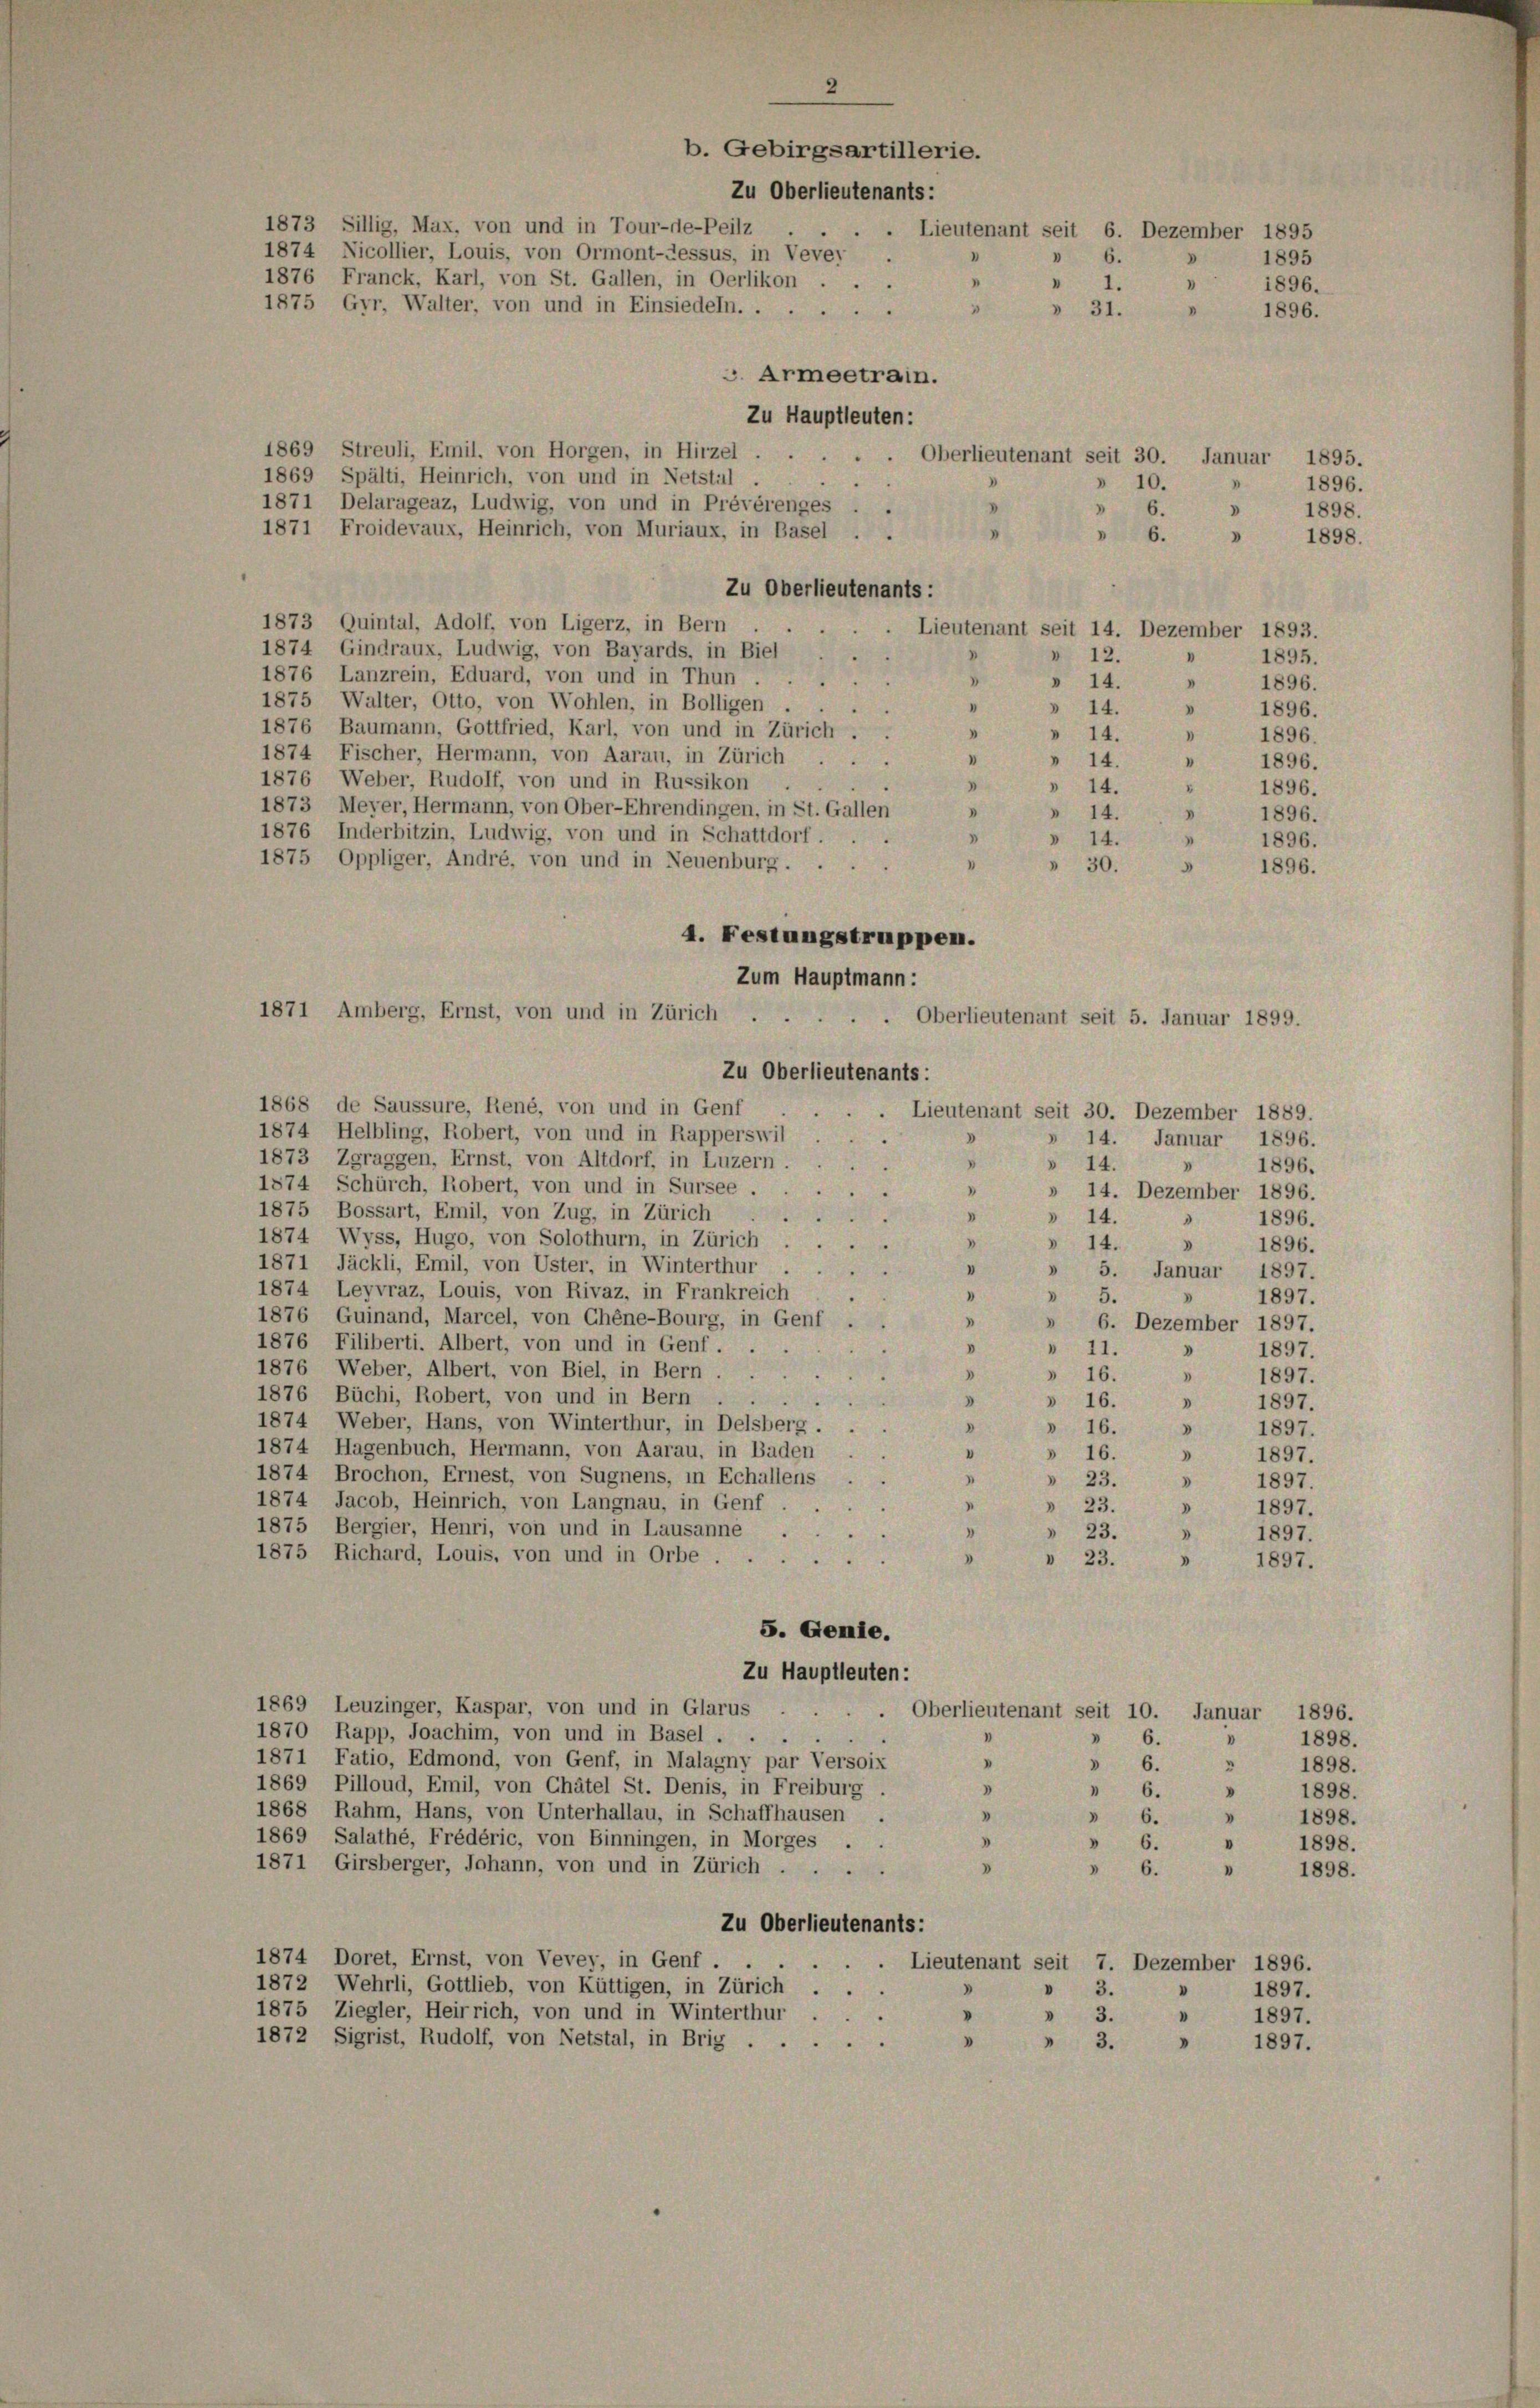
v. Armeetrain.
Zu Hauptleuten:
1869 Streuli, Emil, von Horgen, in Hirzel . .
. Oberlieutenant seit 30. Januar 1895.
1869 Spälti, Heinrich, von und in Netstil
v
» 10.
1871 Delarageaz, Ludwig, von und in Prévérenges . .
" 6.
D
1871 Froidevaux, Heinrich, von Muriaux, in Basel . .
» 6.
D
Zu Oberlieutenants:
1873 Quintal, Adolf, von Ligerz, in Bern
Lieutenant seit 14. Dezember 1893.
1874 Gindraux, Ludwig, von Bayards, in Biel
» 12.
1876, Lanzrein, Eduard, von und in Thun .
» 14.
"
1875 Walter, Otto, von Wohlen, in Bolligen . .
1
14.
.
1876 Baumann, Gottfried, Karl, von und in Zürich.
» 14.
"
1874 Fischer, Hermann, von Aarau, in Zürich ...
"
14.
1876 Weber, Rudolf, von und in Russikon . .
d
"
» 14.
1896.
1873 Meyer, Hermann, von Ober-Ehrendingen, in St. Gallen
» 14.
1
1896.
1876 Inderbitzin, Ludwig, von und in Schattdorf ...
» 14.
1896.
1875 Oppliger, Andre, von und in Neuenburg . .
 30.
1896.
4. Festungstruppen.
Zum Hauptmann:
1871 Amberg, Ernst, von und in Zürich ..
Oberlieutenant seit 5. Januar 1899.
Zu Oberlieutenants:
1868 de Saussure, René, von und in Genf
Lieutenant seit 30. Dezember 1889.
1874 Helbling, Robert, von und in Rapperswil
D
» 14. Januar 1896.
1873 Zgraggen, Ernst, von Altdorf, in Luzern.
I
» 14.
1896.
1874 Schürch, Robert, von und in Sursee .
» 14. Dezember 1896.
1875 Bossart, Emil, von Zug, in Zürich
» 14.
e
1896.
3
1874 Wyss, Hugo, von Solothurn, in Zürich
14.
3
1896.
1871 Jäckli, Emil, von Uster, in Winterthur
"
» 5. Januar 1897.
1874 Leyvraz, Louis, von Rivaz, in Frankreich
D
5.
.
1897.
1876 Guinand, Marcel, von Chéne-Bourg, in Genf .
"
» 6. Dezember 1897.
1876 Filiberti. Albert, von und in Genf . . .
V
 11.
D
1897.
1876 Weber, Albert, von Biel, in Bern . .
.
3
» 16.
1897.
1876 Büchi, Robert, von und in Bern ...
D
» 16.
» 1897.
1874 Weber, Hans, von Winterthur, in Delsberg.
D
» 16.
d
1897.
1874 Hagenbuch, Hermann, von Aarau, in Baden
V
» 16.
.
1897.
1874 Brochon, Ernest, von Sugnens, in Echallens
» 23.
1897.
1874 Jacob, Heinrich, von Langnau, in Genf.
» 23.
d
1897.
1875 Bergier, Henri, von und in Lausanne.
» 23.
1897.
1875 Richard, Louis, von und in Orbe
.
» 23.
1897.
5. Gemie.
Zu Hauptleuten:
1869 Leuzinger, Kaspar, von und in Glarus
. Oberlieutenant seit 10. Januar 1896.
1870 Rapp, Joachim, von und in Basel ...
 6.
"
1871 Fatio, Edmond, von Genf, in Malagny par Versoix » » 6.
“
1869 Pilloud, Emil, von Chätel St. Denis, in Freiburg
 " 6.
"
1868 Rahm, Hans, von Unterhallau, in Schaffhausen .
" 6.
V
1869, Salathé, Frédéric, von Binningen, in Morges .
V
" 6.
1871 Girsberger, Johann, von und in Zürich
»
 6.
Zu Oberlieutenants:
1874 Doret, Ernst, von Vevey, in Genf .
Lieutenant seit 7. Dezember 1896.
1872 Wehrli, Gottlieb, von Küttigen, in Zürich
3.
1897.
1875 Ziegler, Heirrich, von und in Winterthur
.
» 3.
1897.
1872 Sigrist, Rudolf, von Netstal, in Brig
" " 3.
" 1897.

1873 Sillig, Max, von und in Tour-de-Peilz
1874 Nicollier, Louis, von Ormont-dessus, in Vevey
1876 Franck, Karl, von St. Gallen, in Oerlikon
1875 Gyr, Walter, von und in Einsiedeln.

2
b. Gebirgsartillerie.
Zu Oberlieutenants:
Lieutenant seit 6. Dezember 1895
6.
.
1.
.
» 31.

1896.
1896.

1895

1895.
1896.
1896.
1896.
1896.

1896.
1898.
1898.

1898.
1898.
1898.
1898.
1898.
1898.